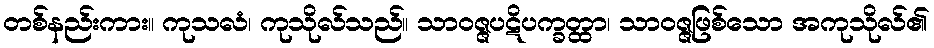
တစ်နည်းကား။ ကုသလံ၊ ကုသိုလ်သည်။ သာဝဇ္ဇပဋိပက္ခတ္ထာ၊ သာဝဇ္ဇဖြစ်သော အကုသိုလ်၏